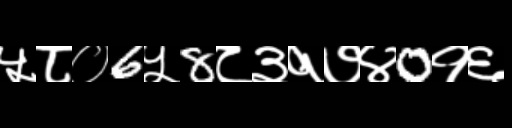
Text: ५८०6५8८३१७४0१६